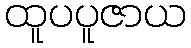
ထူပပူဇာယ